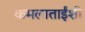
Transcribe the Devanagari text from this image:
कमलाताईंशी